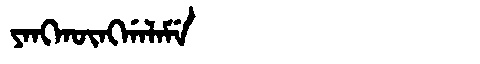
Manchu: ᠶᠠᠩᡴᡡᠩᡤᠠᠯᠠᠮᡝ
Romanization: YANGKŪNGGALAME